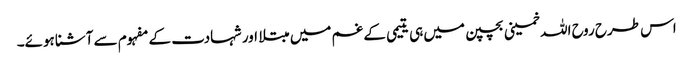
اس طرح روح اللہ خمینی بچپن میں ہی یتیمی کے غم میں مبتلا اور شہادت کے مفہوم سے آشنا ہوئے۔